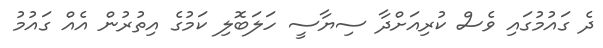
ދެ ގައުމުގައި ވެސް ކުރިއަށްދާ ސިޔާސީ ހަލަބޮލި ކަމުގެ އިތުރުން އެއް ގައުމު